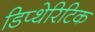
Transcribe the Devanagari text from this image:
डिप्थेरिटिक